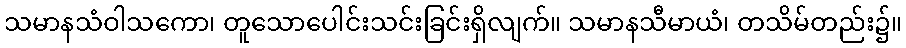
သမာနသံဝါသကော၊ တူသောပေါင်းသင်းခြင်းရှိလျက်။ သမာနသီမာယံ၊ တသိမ်တည်း၌။